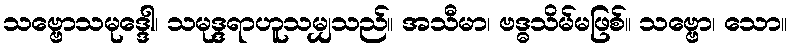
သဗ္ဗောသမုဒ္ဒေါ၊ သမုဒ္ဒရာဟူသမျှသည်။ အသီမာ၊ ဗဒ္ဓသိမ်မဖြစ်။ သဗ္ဗော၊ သော။